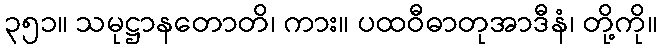
၃၅၁။ သမုဋ္ဌာနတောတိ၊ ကား။ ပထဝီဓာတုအာဒီနံ၊ တို့ကို။